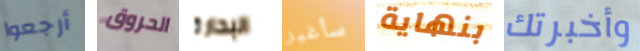
أرجعوا الحروق البحارة سأغير بنهاية وأخبرتك